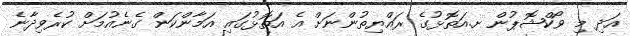
އަދި މި ވޯކްޝޮޕުން ށ.އަތޮޅުގެ ރައްޔިތުންނަށް އެ އަތޮޅުގައި އަމާންކަން ގެނެއުމަށް ކުރެވިދާނެ